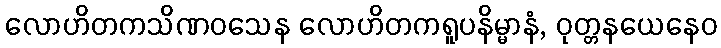
လောဟိတကသိဏဝသေန လောဟိတကရူပနိမ္မာနံ, ဝုတ္တနယေနေဝ